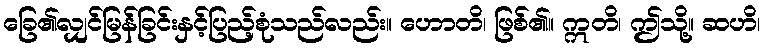
ခြေ၏လျှင်မြန်ခြင်းနှင့်ပြည့်စုံသည်လည်း။ ဟောတိ၊ ဖြစ်၏။ ဣတိ၊ ဤသို့။ ဆဟိ၊